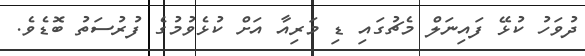
ދުވަހު ކުޅޭ ފައިނަލް މެޗުގައި ޑި މަރިއާ އަށް ކުޅެވުމުގެ ފުރުސަތު ބޮޑެވެ.